Vaccination in Bombay 1902-1912 - 1902-1912
Year: 1902
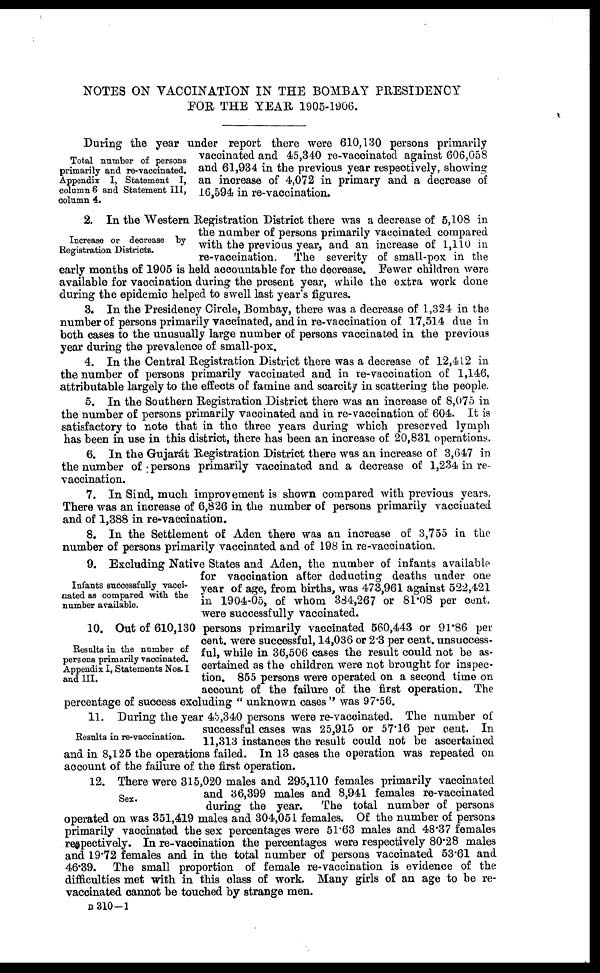
NOTES ON VACCINATION IN THE BOMBAY PRESIDENCY
FOR THE YEAR 1905-1906.
Total number of persons
primarily and re-vaccinated.
Appendix I, Statement I,
column 6 and Statement III,
column 4.
During the year under report there were 610,130 persons primarily
vaccinated and 45,340 re-vaccinated against 606,058
and 61,934 in the previous year respectively, showing
an increase of 4,072 in primary and a decrease of
16,594 in re-vaccination.
Increase or decrease by
Registration Districts.
2. In the Western Registration District there was a decrease of 5,108 in
the number of persons primarily vaccinated compared
with the previous year, and an increase of 1,110 in
re-vaccination. The severity of small-pox in the
early months of 1905 is held accountable for the decrease. Fewer children were
available for vaccination during the present year, while the extra work done
during the epidemic helped to swell last year's figures.
3. In the Presidency Circle, Bombay, there was a decrease of 1,324 in the
number of persons primarily vaccinated, and in re-vaccination of 17,514 due in
both cases to the unusually large number of persons vaccinated in the previous
year during the prevalence of small-pox.
4. In the Central Registration District there was a decrease of 12,412 in
the number of persons primarily vaccinated and in re-vaccination of 1,146,
attributable largely to the effects of famine and scarcity in scattering the people.
5. In the Southern Registration District there was an increase of 8,075 in
the number of persons primarily vaccinated and in re-vaccination of 604. It is
satisfactory to note that in the three years during which preserved lymph
has been in use in this district, there has been an increase of 20,831 operations.
6. In the Gujarát Registration District there was an increase of 3,647 in
the number of persons primarily vaccinated and a decrease of 1,234 in re-
vaccination.
7. In Sind, much improvement is shown compared with previous years.
There was an increase of 6,826 in the number of persons primarily vaccinated
and of 1,388 in re-vaccination.
8. In the Settlement of Aden there was an increase of 3,755 in the
number of persons primarily vaccinated and of 198 in re-vaccination.
Infants successfully vacci-
nated as compared with the
number available.
9. Excluding Native States and Aden, the number of infants available
for vaccination after deducting deaths under one
year of age, from births, was 473,961 against 522,421
in 1904-05, of whom 384,267 or 81.08 per cent.
were successfully vaccinated.
Results in the number of
persons primarily vaccinated.
Appendix I, Statements Nos. I
and III.
10. Out of 610,130 persons primarily vaccinated 560,443 or 91.86 per
cent. were successful, 14,036 or 2.3 per cent. unsuccess-
ful, while in 36,506 cases the result could not be as-
certained as the children were not brought for inspec-
tion. 855 persons were operated on a second time on
account of the failure of the first operation. The
percentage of success excluding " unknown cases" was 97.56.
Results in re-vaccination.
11. During the year 45,340 persons were re-vaccinated. The number of
successful cases was 25,915 or 57.16 per cent. In
11,313 instances the result could not be ascertained
and in 8,125 the operations failed. In 13 cases the operation was repeated on
account of the failure of the first operation.
Sex.
12. There were 315,020 males and 295,110 females primarily vaccinated
and 36,399 males and 8,941 females re-vaccinated
during the year.
The total number of persons
operated on was 351,419 males and 304,051 females. Of the number of persons
primarily vaccinated the sex percentages were 51.63 males and 48.37 females
respectively. In re-vaccination the percentages were respectively 80.28 males
and 19.72 females and in the total number of persons vaccinated 53.61 and
46.39. The small proportion of female re-vaccination is evidence of the
difficulties met with in this class of work. Many girls of an age to be re¬
vaccinated cannot be touched by strange men.
B 310-1